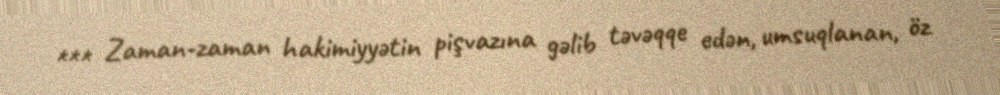
*** Zaman-zaman hakimiyyətin pişvazına gəlib təvəqqe edən, umsuqlanan, öz